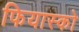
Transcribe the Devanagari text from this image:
फियास्को